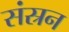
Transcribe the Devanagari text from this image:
संस्रन